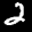
Label: 2